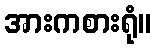
အားကစားရုံ။